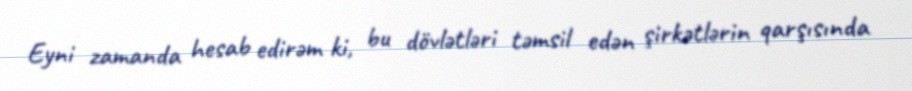
Eyni zamanda hesab edirəm ki, bu dövlətləri təmsil edən şirkətlərin qarşısında